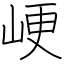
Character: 峺